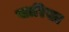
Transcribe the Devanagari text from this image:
सारिखा